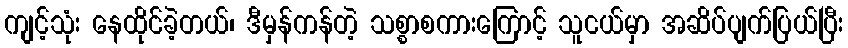
ကျင့်သုံး နေထိုင်ခဲ့တယ်၊ ဒီမှန်ကန်တဲ့ သစ္စာစကားကြောင့် သူငယ်မှာ အဆိပ်ပျက်ပြယ်ပြီး